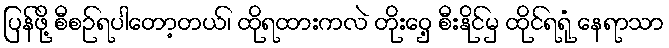
ပြန်ဖို့ စီစဉ်ရပါတော့တယ်၊ ထိုရထားကလဲ တိုးဝှေ့ စီးနိုင်မှ ထိုင်ရရုံ နေရာသာ